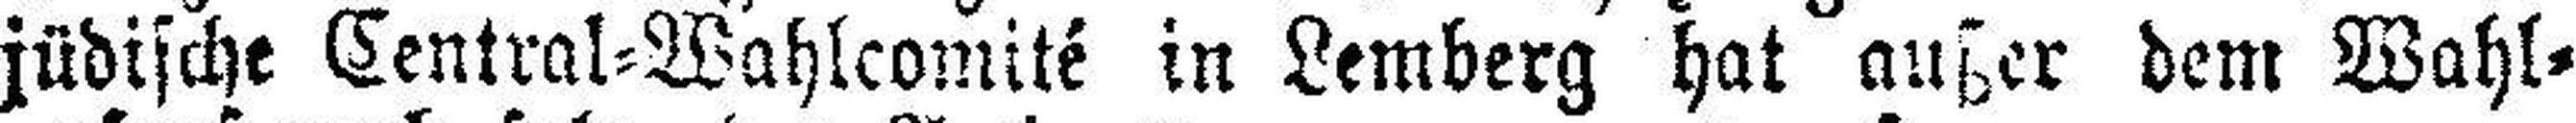
jüdische Central=Wahlcomité in Lemberg hat außer dem Wahl¬